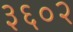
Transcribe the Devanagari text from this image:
३६०२